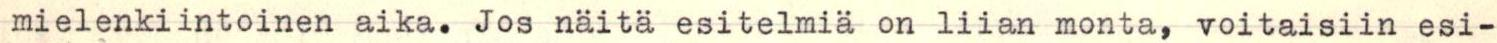
mielenkiintoinen aika. Jos näitä esitelmiä on liian monta, voitaisiin esi-